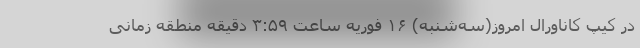
در کیپ کاناورال امروز(سه‌شنبه) ۱۶ فوریه ساعت ۳:۵۹ دقیقه منطقه زمانی